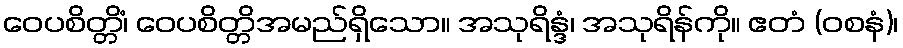
ဝေပစိတ္တိံ၊ ဝေပစိတ္တိအမည်ရှိသော။ အသုရိန္ဒံ၊ အသုရိန်ကို။ ဧတံ (ဝစနံ)၊